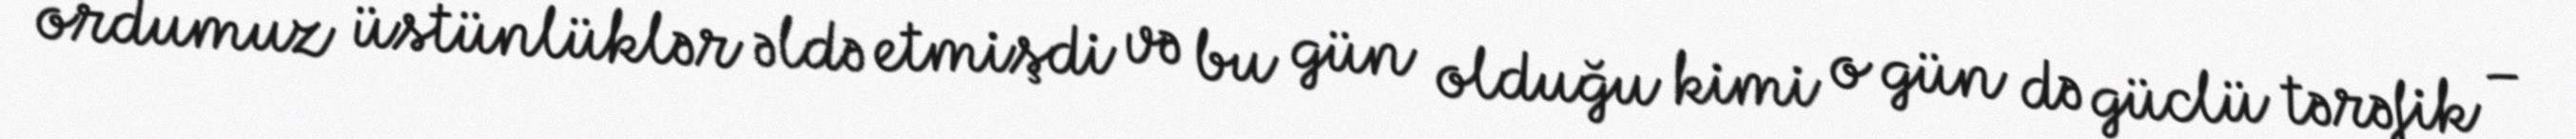
ordumuz üstünlüklər əldə etmişdi və bu gün olduğu kimi o gün də güclü tərəfik –